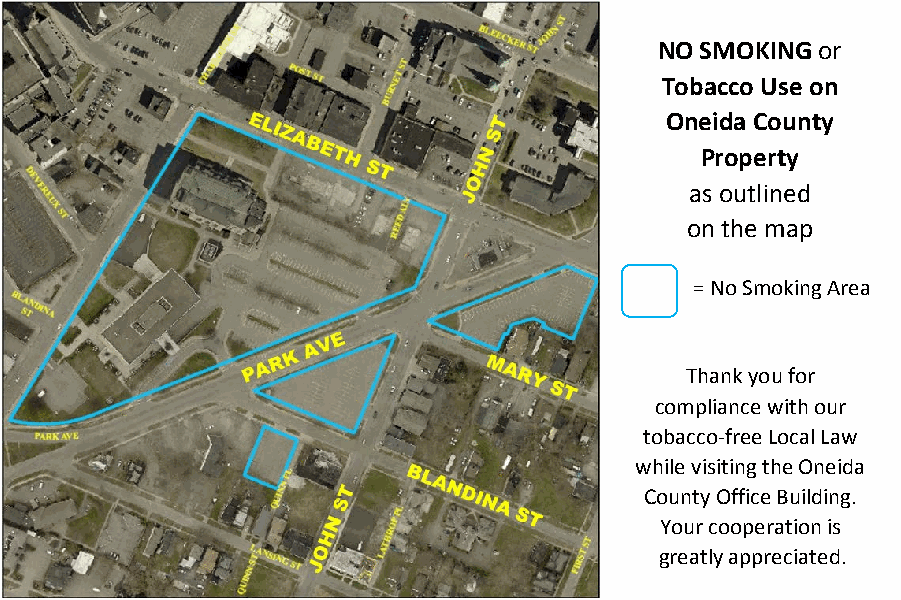
NO SMOKING or
 Tobacco Use on
 Oneida County
 Property
 as outlined
 on the map
 = No Smoking Area
 Thank you for
 compliance with our
 tobacco-free Local Law
 while visiting the Oneida
 County Office Building.
 Your cooperation is
 greatly appreciated.